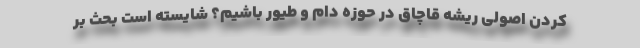
کردن اصولی ریشه قاچاق در حوزه دام و طیور باشیم؟ شایسته است بحث بر